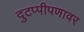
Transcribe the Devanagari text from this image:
दुटप्पीपणावर